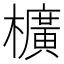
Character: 櫎